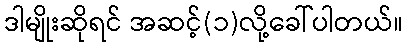
ဒါမျိုးဆိုရင် အဆင့်(၁)လို့ခေါ်ပါတယ်။